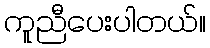
ကူညီပေးပါတယ်။